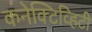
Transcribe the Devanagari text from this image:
कनेक्टिव्हिटी